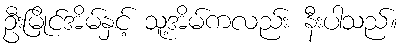
ဦးမြိုင်အိမ်နှင့် သူ့အိမ်ကလည်း နီးပါသည်။